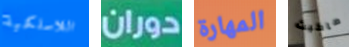
اللاسلكية دوران المهارة ماكبث